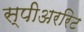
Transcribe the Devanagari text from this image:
स्पीअररिट